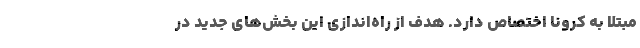
مبتلا به کرونا اختصاص دارد. هدف از راه‌اندازی این بخش‌های جدید در